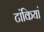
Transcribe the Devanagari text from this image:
टांकियां